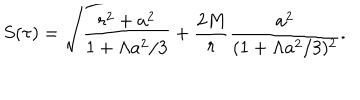
LaTeX: S ( \tau ) = \sqrt { \frac { r ^ { 2 } + a ^ { 2 } } { 1 + \Lambda a ^ { 2 } / 3 } + \frac { 2 M } { r } \frac { a ^ { 2 } } { ( 1 + \Lambda a ^ { 2 } / 3 ) ^ { 2 } } } .